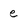
Character: e